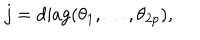
j = \mathrm { d i a g } ( \theta _ { 1 } , \ldots , \theta _ { 2 p } ) ,